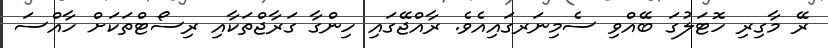
ރޭ މާގިރި ހޮޓަލުގަ ބޭއްވި ސެމިނަރގައިއެވެ. ރާއްޖޭގައި ހިންގާ ގަރާޖްތަކާއި ރިސޯޓްތަކަށް ހާއްސަ